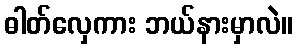
ဓါတ်လှေကား ဘယ်နားမှာလဲ။